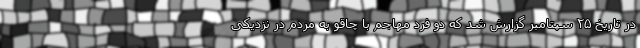
در تاریخ ۲۵ سپتامبر گزارش شد که دو فرد مهاجم با چاقو به مردم در نزدیکی